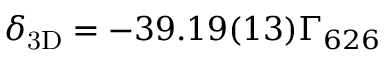
\ensuremath { \delta _ { \mathrm { 3 D } } } = - 3 9 . 1 9 ( 1 3 ) \ensuremath { \Gamma _ { 6 2 6 } }